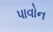
પાવોન